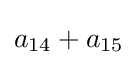
a_{14}+a_{15}